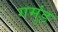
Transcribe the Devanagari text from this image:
गमुंड